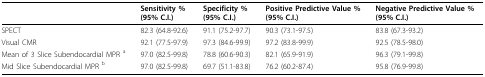
<table><thead><tr><td></td><td><b>Sensitivity % (95% C.I.)</b></td><td><b>Specificity % (95% C.I.)</b></td><td><b>Positive Predictive Value % (95% C.I.)</b></td><td><b>Negative Predictive Value % (95% C.I.)</b></td></tr></thead><tbody><tr><td>SPECT</td><td>82.3 (64.8-92.6)</td><td>91.1 (75.2-97.7)</td><td>90.3 (73.1-97.5)</td><td>83.8 (67.3-93.2)</td></tr><tr><td>Visual CMR</td><td>92.1 (77.5-97.9)</td><td>97.3 (84.6-99.9)</td><td>97.2 (83.8-99.9)</td><td>92.5 (78.5-98.0)</td></tr><tr><td>Mean of 3 Slice Subendocardial MPR <sup>a</sup></td><td>97.0 (82.5-99.8)</td><td>78.8 (60.6-90.3)</td><td>82.1 (65.9-91.9)</td><td>96.3 (79.1-99.8)</td></tr><tr><td>Mid Slice Subendocardial MPR <sup>b</sup></td><td>97.0 (82.5-99.8)</td><td>69.7 (51.1-83.8)</td><td>76.2 (60.2-87.4)</td><td>95.8 (76.9-99.8)</td></tr></tbody></table>